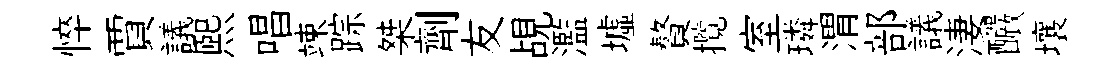
悴賈議熙唱竦踪桀劑友覘濫墟贅攬室璘渭部議淒釅壤